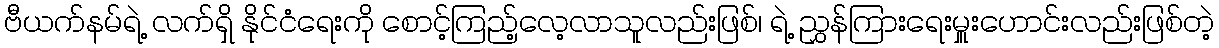
ဗီယက်နမ်ရဲ့ လက်ရှိ နိုင်ငံရေးကို စောင့်ကြည့်လေ့လာသူလည်းဖြစ်၊ ရဲ့ ညွှန်ကြားရေးမှူးဟောင်းလည်းဖြစ်တဲ့